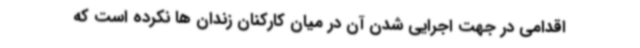
اقدامی در جهت اجرایی شدن آن در میان کارکنان زندان ها نکرده است که